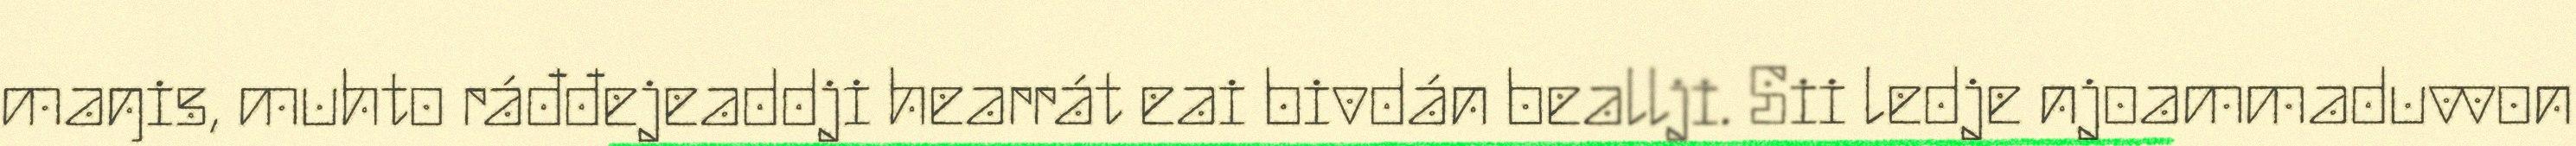
maŋis, muhto ráđđejeaddji hearrát eai bivdán beallji. Sii ledje njoammaduvvon